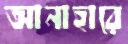
আনাহারে